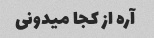
آره از کجا میدونی